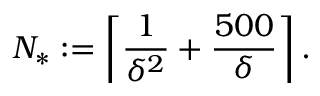
N _ { * } : = \biggl \lceil \frac 1 { \delta ^ { 2 } } + \frac { 5 0 0 } { \delta } \biggr \rceil \, .